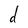
Character: d